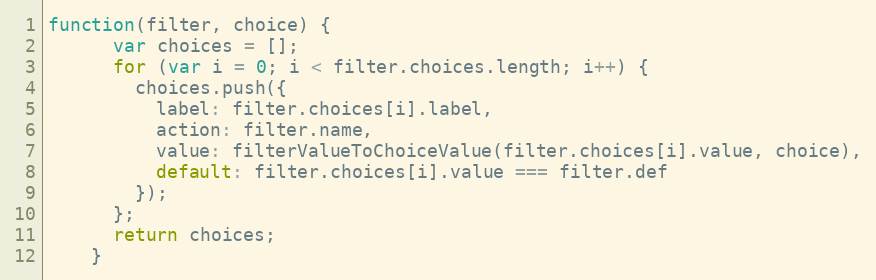
Language: JavaScript
function(filter, choice) {
      var choices = [];
      for (var i = 0; i < filter.choices.length; i++) {
        choices.push({
          label: filter.choices[i].label,
          action: filter.name,
          value: filterValueToChoiceValue(filter.choices[i].value, choice),
          default: filter.choices[i].value === filter.def
        });
      };
      return choices;
    }